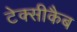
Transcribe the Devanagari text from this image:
टेक्सीकैब